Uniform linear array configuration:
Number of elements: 4
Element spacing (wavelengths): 0.75
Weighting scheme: exponential
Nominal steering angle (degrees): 15
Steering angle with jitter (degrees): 13.058
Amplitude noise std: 0.05
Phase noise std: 0.05

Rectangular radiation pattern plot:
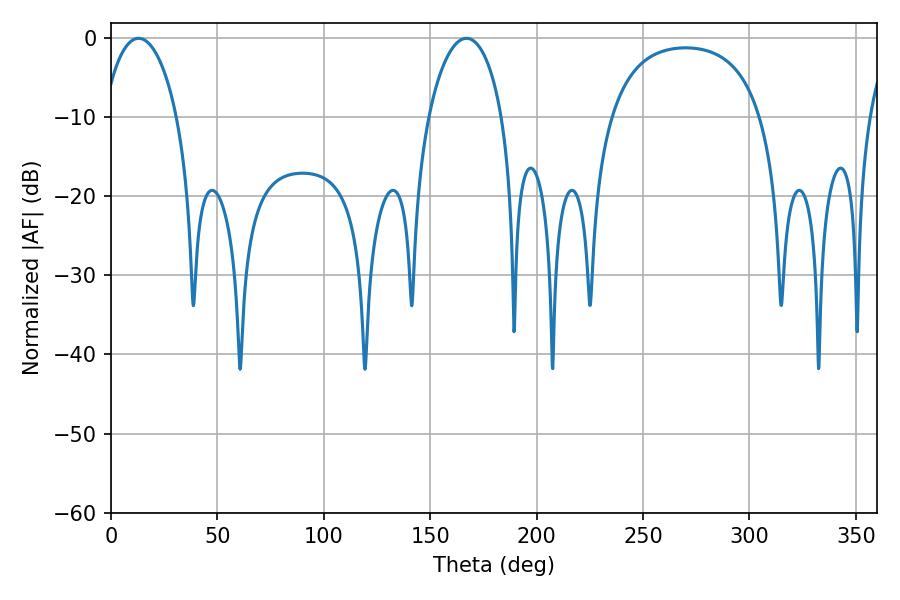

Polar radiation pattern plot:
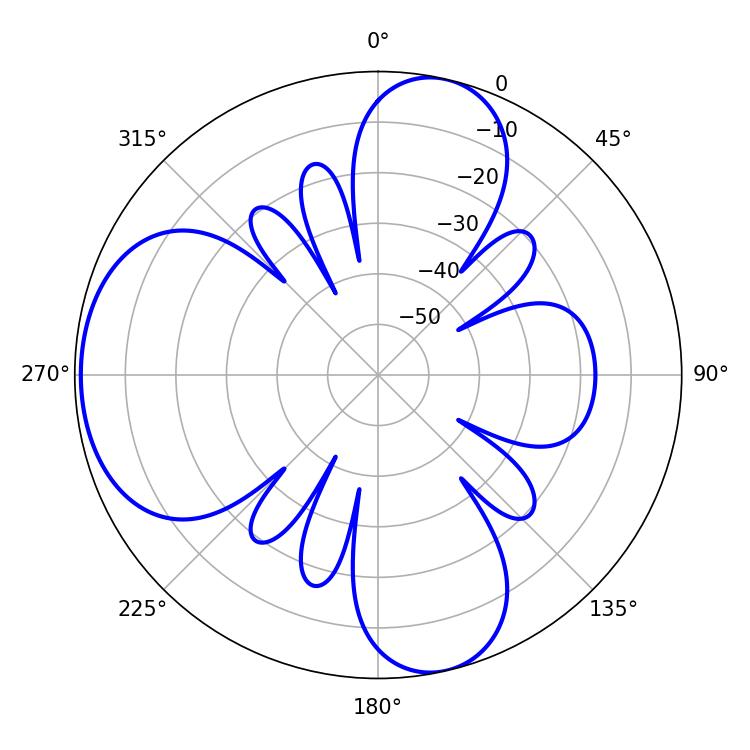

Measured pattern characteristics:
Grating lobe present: TRUE
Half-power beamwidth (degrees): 19.8
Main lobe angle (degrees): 12.96